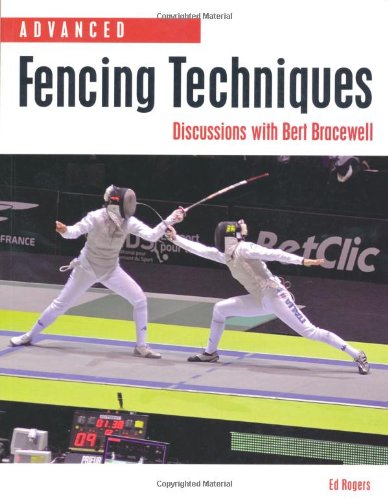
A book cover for Advanced Fencing Techniques: Discussions with Bert Bracewell; Edward Rogers; Sports & Outdoors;